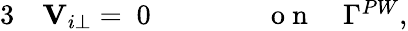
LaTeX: \begin{array}{rlrl}{{3}}&{{}{\mathbf V}_{i\perp}=~0\qquad}&{}&{{}\mathrm{~o~n~}\quad\Gamma^{PW},}\end{array}